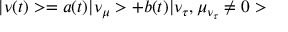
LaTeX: | \nu ( t ) > = a ( t ) | \nu _ { \mu } > + b ( t ) | \nu _ { \tau } , \mu _ { \nu _ { \tau } } \neq 0 >